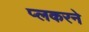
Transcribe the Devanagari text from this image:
प्लकरने